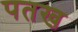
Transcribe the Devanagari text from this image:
पतख